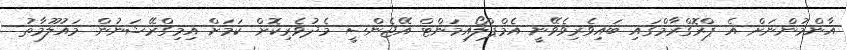
އާންމުންނަށް އެ ޕްރޮގްރާމްގައި ބައިވެރިވެވޭނީ އެމްޕްލޯއިމަންޓް އޭޖެންސީ މެދުވެރިކޮށް ކަމަށް އިމިގްރޭޝަނުން މައުލޫމާތު